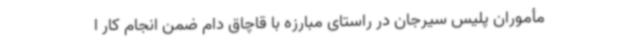
مأموران پلیس سیرجان در راستای مبارزه با قاچاق دام ضمن انجام کار ا